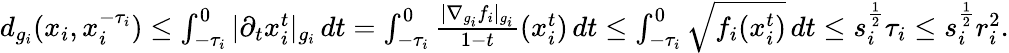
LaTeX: \begin{array}{r}{d_{g_{i}}(x_{i},x_{i}^{-\tau_{i}})\le\int_{-\tau_{i}}^{0}|\partial_{t}x_{i}^{t}|_{g_{i}}\, dt=\int_{-\tau_{i}}^{0}\frac{|\nabla_{g_{i}}f_{i}|_{g_{i}}}{1-t}(x_{i}^{t})\, dt\le\int_{-\tau_{i}}^{0}\sqrt{f_{i}(x_{i}^{t})}\, dt\le s_{i}^{\frac 12}\tau_{i}\le s_{i}^{\frac 12}r_{i}^{2}.}\end{array}